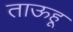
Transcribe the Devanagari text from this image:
ताऊहू